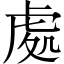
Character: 處